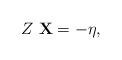
LaTeX: \begin{align*}Z \ \mathbf{X} &= -\eta,\end{align*}